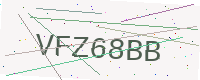
Text: VFZ68BB